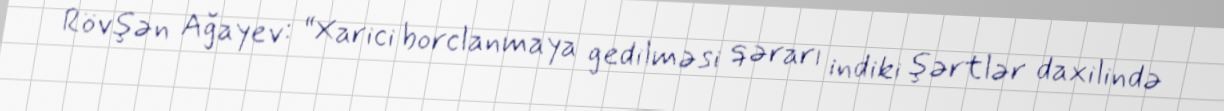
Rövşən Ağayev: “Xarici borclanmaya gedilməsi qərarı indiki şərtlər daxilində